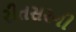
રીતસરની